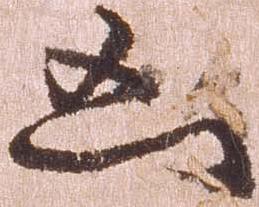
凶